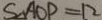
S _ { \Delta A O P } = 1 2